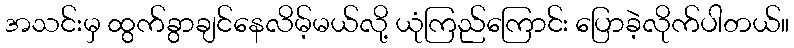
အသင်းမှ ထွက်ခွာချင်နေလိမ့်မယ်လို့ ယုံကြည်ကြောင်း ပြောခဲ့လိုက်ပါတယ်။